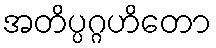
အတိပ္ပဂ္ဂဟိတော